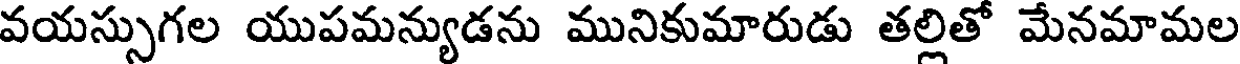
వయస్సుగల యుపమన్యుడను మునికుమారుడు తల్లితో మేనమామల